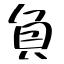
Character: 負